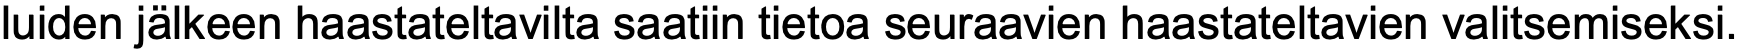
luiden jälkeen haastateltavilta saatiin tietoa seuraavien haastateltavien valitsemiseksi.